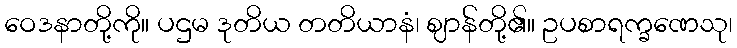
ဝေဒနာတို့ကို။ ပဌမ ဒုတိယ တတိယာနံ၊ ဈာန်တို့၏။ ဥပစာရက္ခဏေသု၊